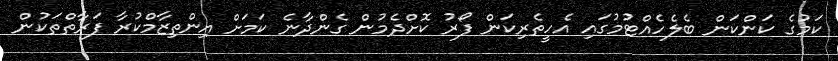
ކަމުގެ ކަންކަން ބެލެހެއްޓުމުގައި އެހީތެރިކަން ފޯރު ކޮށްދެމުން ގެންދާނެ ކަމަށް އިންތިޒާމްކުރާ ފަރާތްތަކުން